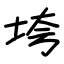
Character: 垮